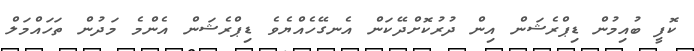
ކޮފީ ބުއިމުން ޑިޕްރެޝަން އިން ދުރުކޮށްދޭކަން އެނގޭހެއްޔެވެ ޑިޕްރެޝަން އެންމެ މަދުން ތަހައްމަލް